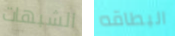
الشبهات البطاقه